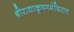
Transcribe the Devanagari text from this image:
श्रीराधाकृष्णमंदिरात